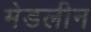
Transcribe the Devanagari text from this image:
मेडलीन